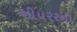
શીયરરના